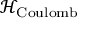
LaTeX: { \mathcal { H } } _ { \mathrm { { C o u l o m b } } }